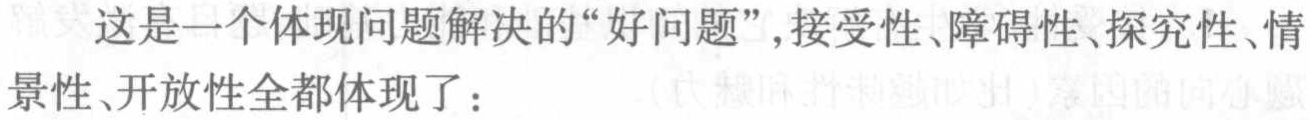
这是一个体现问题解决的“好问题”,接受性、障碍性、探究性、情景性、开放性全都体现了：